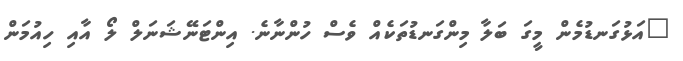
"އަޅުގަނޑުމެން މީގަ ބަލާ މިންގަނޑުތަކެއް ވެސް ހުންނާނެ. އިންޓަނޭޝަނަލް ލޯ އާއި ހިއުމަން